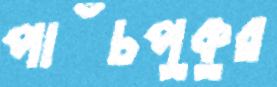
পাঁচপুকুর